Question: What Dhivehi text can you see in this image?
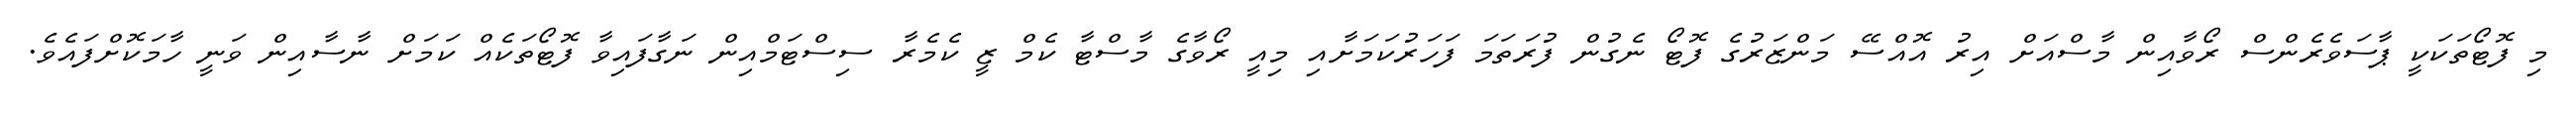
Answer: މި ފޮޓޯތަކަކީ ޕާސަވެރެންސް ރޯވާއިން މާސްއަށް އިރު އޮއްސޭ މަންޒަރުގެ ފޮޓޯ ނެގުން ފުރަތަމަ ފަހަރުކަމަށާއި މިއީ ރޯވާގެ މާސްޓާ ކެމް ޒީ ކެމެރާ ސިސްޓަމްއިން ނަގާފައިވާ ފޮޓޯތަކެއް ކަމަށް ނާސާއިން ވަނީ ހާމަކޮށްފައެވެ.